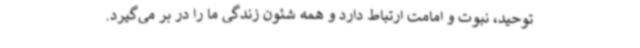
توحید، نبوت و امامت ارتباط دارد و همه شئون زندگی ما را در بر می‌گیرد.